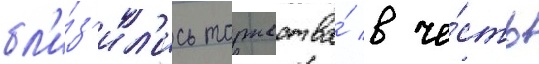
бл'и́з'ил'ись торжества́ в че́сть